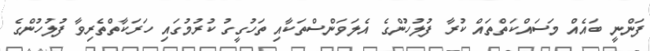
ފަންނީ ބައެއް މަސައްކަތްތައް ކުރާ ފުލުހުންގެ އެލަވަންސްތަކާއި ތަހުގީގު ކުރުމުގައި ހަރަކާތްތެރިވާ ފުލުހުންގެ